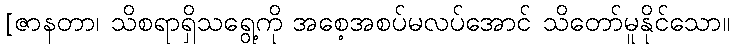
[ဇာနတာ၊ သိစရာရှိသရွေ့ကို အစေ့အစပ်မလပ်အောင် သိတော်မူနိုင်သော။